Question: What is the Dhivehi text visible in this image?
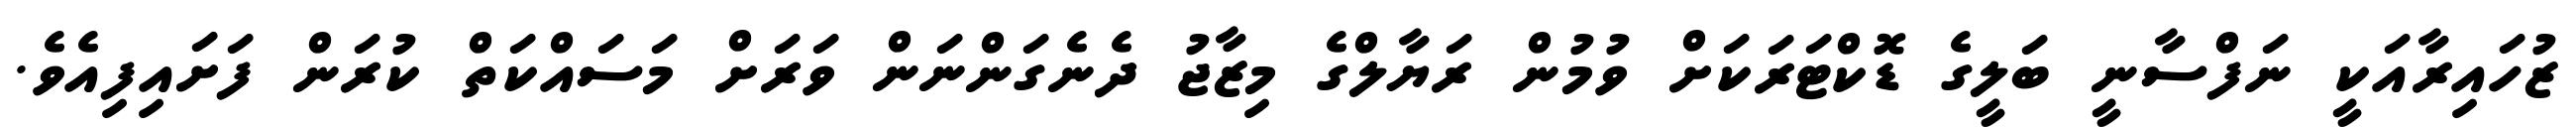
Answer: ޒުހައިރާއަކީ ނަފްސާނީ ބަލީގެ ޑޮކްޓަރަކަށް ވުމުން ރަޔާލްގެ މިޒާޖު ދެނެގަންނަން ވަރަށް މަސައްކަތް ކުރަން ފަށައިފިއެވެ.